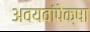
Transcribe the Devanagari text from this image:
अवयवांपेक्षा